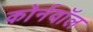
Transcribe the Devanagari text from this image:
कोर्नवॉल